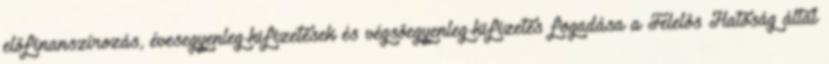
előfinanszírozás, évesegyenleg-kifizetések és végsőegyenleg-kifizetés fogadása a Felelős Hatóság által